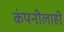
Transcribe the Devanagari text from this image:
कंपनीलाही